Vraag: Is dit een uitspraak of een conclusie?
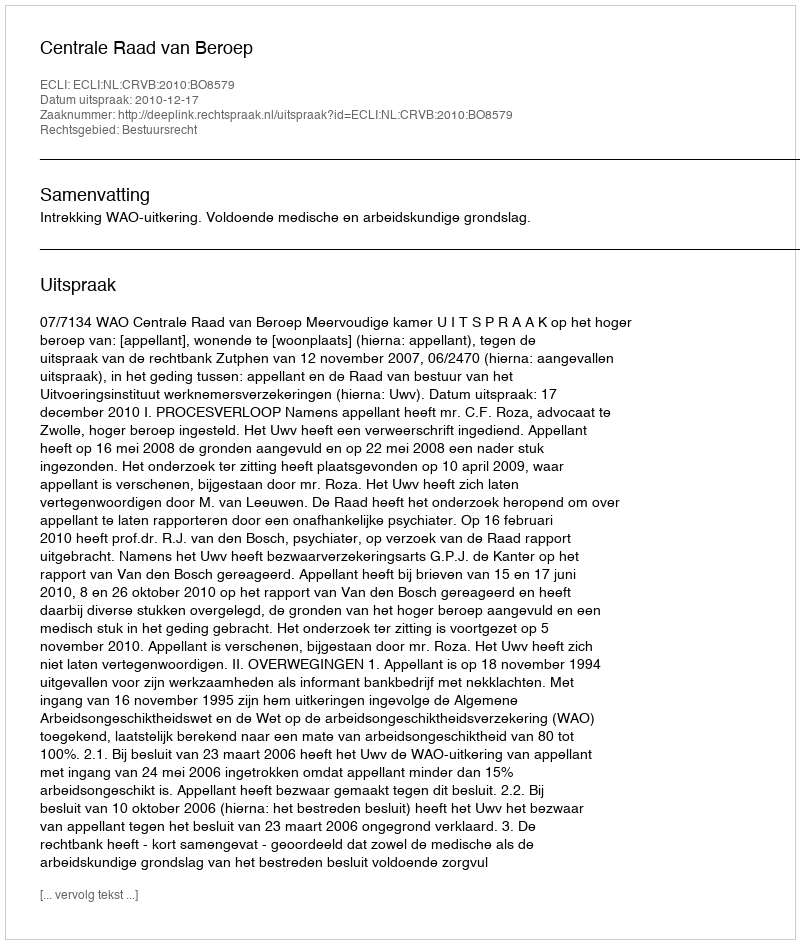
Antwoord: Uitspraak